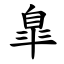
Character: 臯